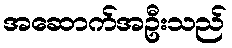
အဆောက်အဦးသည်